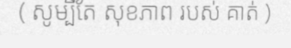
( សូម្បីតែ សុខភាព របស់ គាត់ )